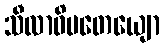
သီလာဓိပတေယျော